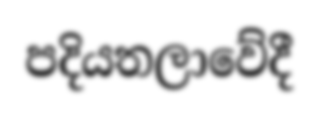
පදියතලාවේදී